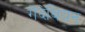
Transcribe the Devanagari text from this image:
गेंदेबियन